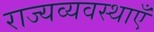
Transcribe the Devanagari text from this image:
राज्यव्यवस्थाएँ